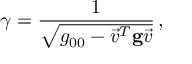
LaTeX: \gamma = \frac { 1 } { \sqrt { g _ { 0 0 } - \vec { v } ^ { T } { \bf g } \vec { v } } } \, ,